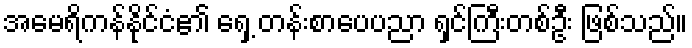
အမေရိကန်နိုင်ငံ၏ ရှေ့ တန်းစာပေပညာ ရှင်ကြီးတစ်ဦး ဖြစ်သည်။